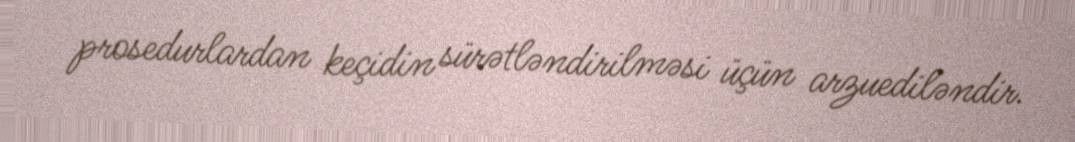
prosedurlardan keçidin sürətləndirilməsi üçün arzuediləndir.